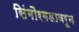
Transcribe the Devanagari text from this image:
सिंगौरगडावरून